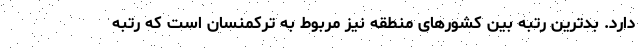
دارد. بدترین رتبه بین کشورهای منطقه نیز مربوط به ترکمنسان است که رتبه